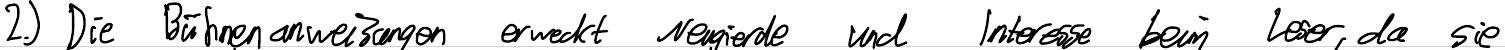
2.) Die Bühnenanweisungen erweckt Neugierde und Interesse beim Leser, da sie